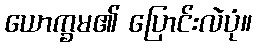
ယောက္ခမ၏ ပြောင်းလဲပုံ။